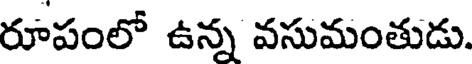
రూపంలో ఉన్న వసుమంతుడు.